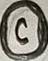
Text: C